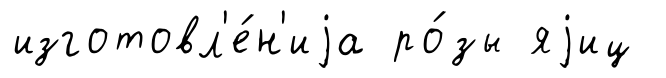
изготовл'е́н'иjа ро́зы яjиц